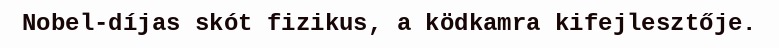
Nobel-díjas skót fizikus, a ködkamra kifejlesztője.